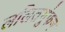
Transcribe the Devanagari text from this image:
ललितगुंफन